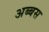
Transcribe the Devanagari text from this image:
अब्बस